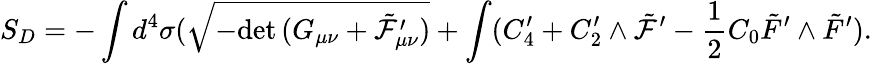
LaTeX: S_{D}=-\int d^{4}\sigma(\sqrt{-\mathrm{det}\, (G_{\mu\nu}+\tilde{\cal F}_{\mu\nu}^{\prime})}+\int(C_{4}^{\prime}+C_{2}^{\prime}\wedge\tilde{\cal F}^{\prime}-\frac{1}{2}C_{0}\tilde{F}^{\prime}\wedge\tilde{F}^{\prime}).